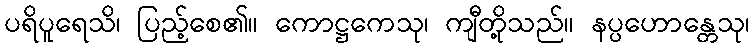
ပရိပူရေသိ၊ ပြည့်စေ၏။ ကောဋ္ဌကေသု၊ ကျီတို့သည်။ နပ္ပဟောန္တေသု၊